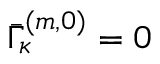
\bar { \Gamma } _ { \kappa } ^ { ( m , 0 ) } = 0